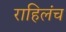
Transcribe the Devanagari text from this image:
राहिलंच